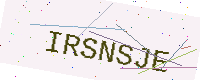
Text: IRSNSJE